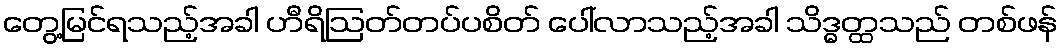
တွေ့မြင်ရသည့်အခါ ဟီရိဩတ်တပ်ပစိတ် ပေါ်လာသည့်အခါ သိဒ္ဓတ္ထသည် တစ်ဖန်